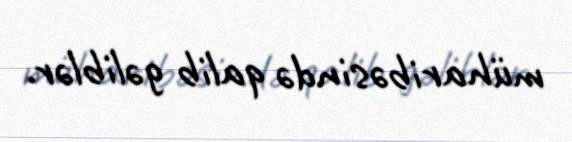
müharibəsində qalib gəliblər.